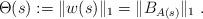
LaTeX: \begin{align*}\Theta(s):=\|w(s)\|_{1} = \|B_{A(s)}\|_1\ . \end{align*}